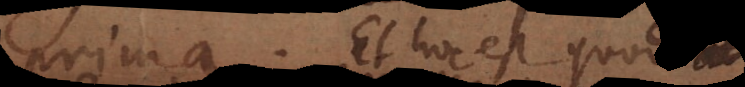
prima. Et hoc est quod